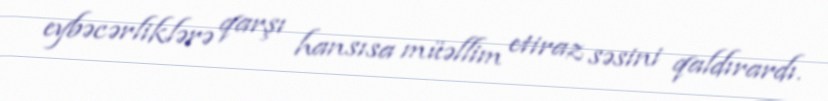
eybəcərliklərə qarşı hansısa müəllim etiraz səsini qaldırardı.